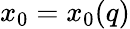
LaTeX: x_{0}=x_{0}(q)